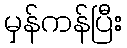
မှန်ကန်ပြီး